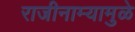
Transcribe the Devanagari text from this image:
राजीनाम्यामुळे